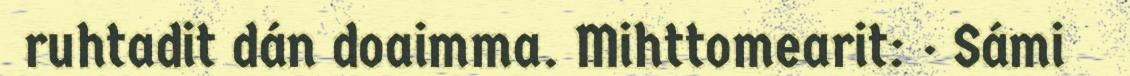
ruhtadit dán doaimma. Mihttomearit: · Sámi